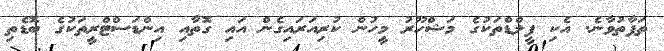
ތަފާތުވާނެ. އެކި ފީލްޑްތަކުގެ މަޝްހޫރު މީހުން ކުރިއަރައިގެން އައި ގޮތާއި އިންޑަސްޓްރީތަކުގެ ބޮޑެތި